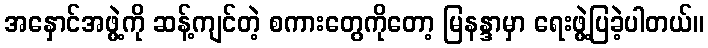
အနှောင်အဖွဲ့ကို ဆန့်ကျင်တဲ့ စကားတွေကိုတော့ မြနန္ဒာမှာ ရေးဖွဲ့ပြခဲ့ပါတယ်။